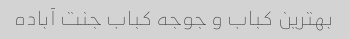
بهترین کباب و جوجه کباب جنت آباده